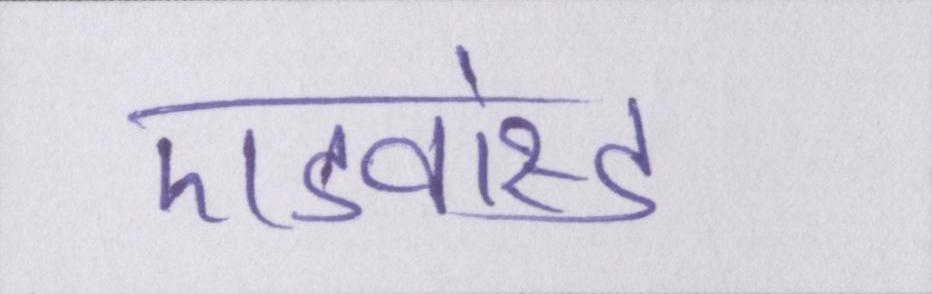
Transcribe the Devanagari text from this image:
एडवांस्ड